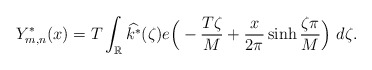
\begin{align*}Y_{m,n}^*(x) = T\int_\mathbb{R} \widehat{k^*}(\zeta) e\Big( -\frac{T\zeta}{M} + \frac{x}{2\pi} \sinh \frac{\zeta \pi}{M}\Big) ~d\zeta. \end{align*}